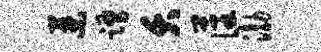
叶踊夭藩渤